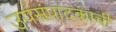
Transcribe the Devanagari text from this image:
उपसंपादकाची